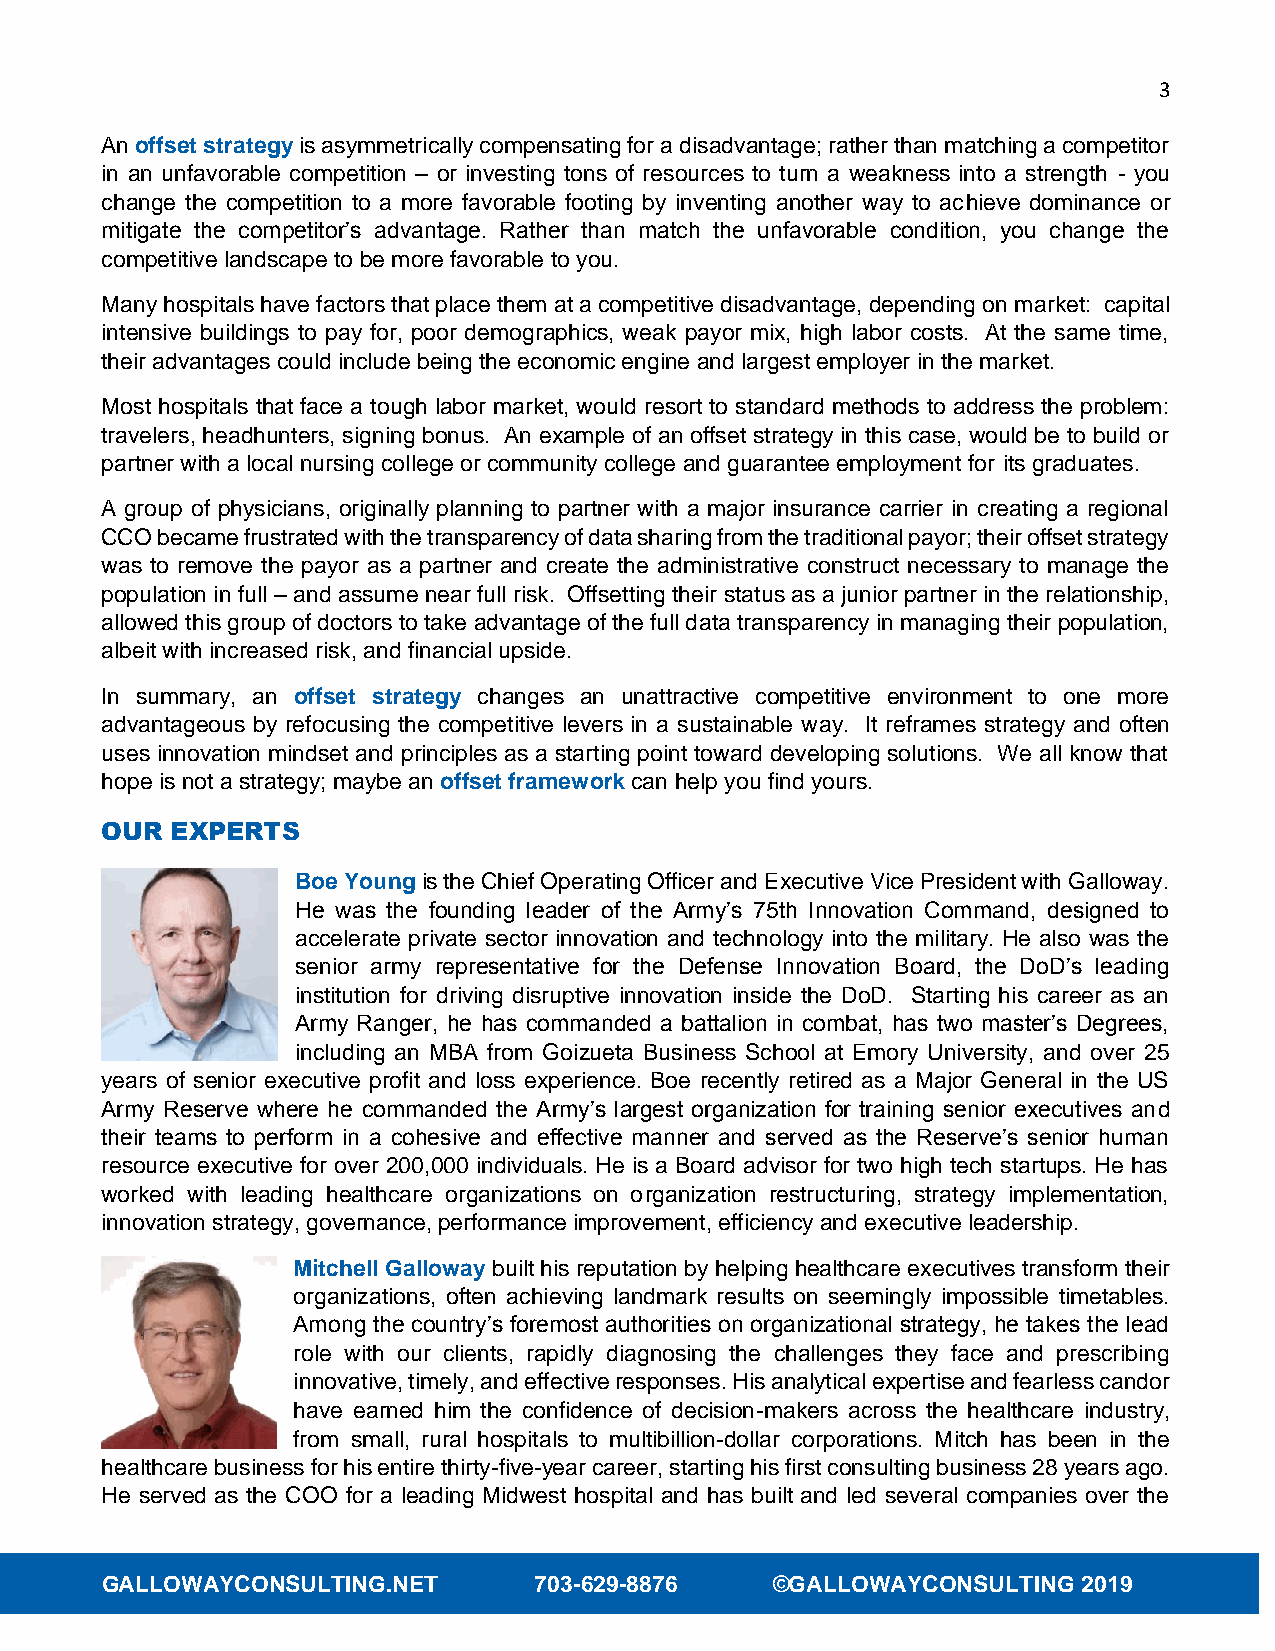
3
 An offset strategy is asymmetrically compensating for a disadvantage; rather than matching a competitor
 in an unfavorable competition – or investing tons of resources to turn a weakness into a strength - you
 change the competition to a more favorable footing by inventing another way to achieve dominance or
 mitigate the competitor’s advantage. Rather than match the unfavorable condition, you change the
 competitive landscape to be more favorable to you.
 Many hospitals have factors that place them at a competitive disadvantage, depending on market: capital
 intensive buildings to pay for, poor demographics, weak payor mix, high labor costs. At the same time,
 their advantages could include being the economic engine and largest employer in the market.
 Most hospitals that face a tough labor market, would resort to standard methods to address the problem:
 travelers, headhunters, signing bonus. An example of an offset strategy in this case, would be to build or
 partner with a local nursing college or community college and guarantee employment for its graduates.
 A group of physicians, originally planning to partner with a major insurance carrier in creating a regional
 CCO became frustrated with the transparency of data sharing from the traditional payor; their offset strategy
 was to remove the payor as a partner and create the administrative construct necessary to manage the
 population in full – and assume near full risk. Offsetting their status as a junior partner in the relationship,
 allowed this group of doctors to take advantage of the full data transparency in managing their population,
 albeit with increased risk, and financial upside.
 In summary, an offset strategy changes an unattractive competitive environment to one more
 advantageous by refocusing the competitive levers in a sustainable way. It reframes strategy and often
 uses innovation mindset and principles as a starting point toward developing solutions. We all know that
 hope is not a strategy; maybe an offset framework can help you find yours.
 OUR EXPERTS
 Boe Young is the Chief Operating Officer and Executive Vice President with Galloway.
 He was the founding leader of the Army’s 75th Innovation Command, designed to
 accelerate private sector innovation and technology into the military. He also was the
 senior army representative for the Defense Innovation Board, the DoD’s leading
 institution for driving disruptive innovation inside the DoD. Starting his career as an
 Army Ranger, he has commanded a battalion in combat, has two master’s Degrees,
 including an MBA from Goizueta Business School at Emory University, and over 25
 years of senior executive profit and loss experience. Boe recently retired as a Major General in the US
 Army Reserve where he commanded the Army’s largest organization for training senior executives and
 their teams to perform in a cohesive and effective manner and served as the Reserve’s senior human
 resource executive for over 200,000 individuals. He is a Board advisor for two high tech startups. He has
 worked with leading healthcare organizations on organization restructuring, strategy implementation,
 innovation strategy, governance, performance improvement, efficiency and executive leadership.
 Mitchell Galloway built his reputation by helping healthcare executives transform their
 organizations, often achieving landmark results on seemingly impossible timetables.
 Among the country’s foremost authorities on organizational strategy, he takes the lead
 role with our clients, rapidly diagnosing the challenges they face and prescribing
 innovative, timely, and effective responses. His analytical expertise and fearless candor
 have earned him the confidence of decision-makers across the healthcare industry,
 from small, rural hospitals to multibillion-dollar corporations. Mitch has been in the
 healthcare business for his entire thirty-five-year career, starting his first consulting business 28 years ago.
 He served as the COO for a leading Midwest hospital and has built and led several companies over the
 GALLOWAYCONSULTING.NET      703-629-8876    ©GALLOWAYCONSULTING  2019